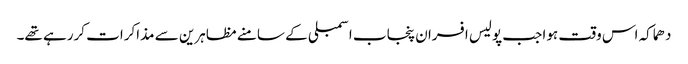
دھماکہ اس وقت ہوا جب پولیس افسران پنجاب اسمبلی کے سامنے مظاہرین سے مذاکرات کررہے تھے۔